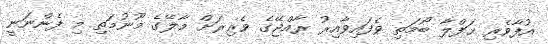
އުފާވެރި ޙަފްލާ ބޯމަތި ވެފައިވާއިރު ރާއްޖޭގެ ވެރިރަށް މާލޭގެ މޫނުމަތި މި ފެންނަނީ